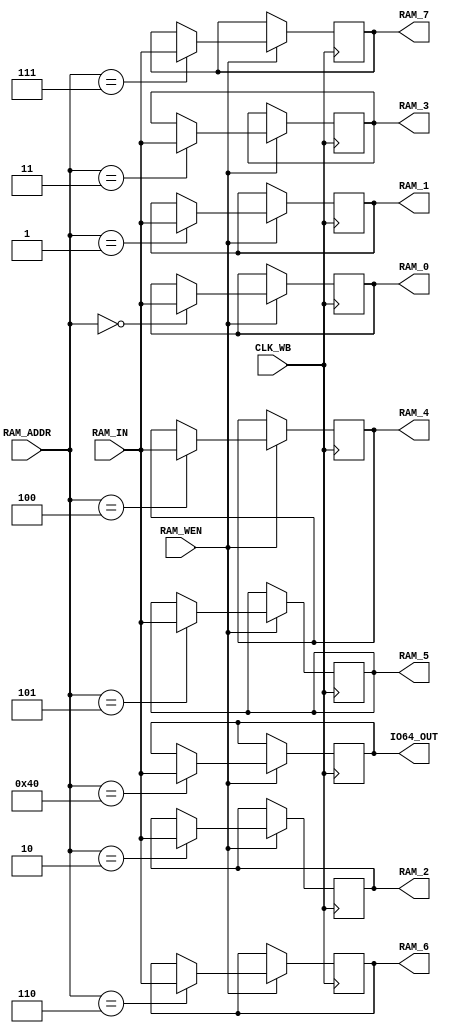
module ram_wb(
    input CLK_WB,
    input[7:0] RAM_ADDR,
    input[15:0] RAM_IN,
    input RAM_WEN,
    output reg[15:0] RAM_0,
    output reg[15:0] RAM_1,
    output reg[15:0] RAM_2,
    output reg[15:0] RAM_3,
    output reg[15:0] RAM_4,
    output reg[15:0] RAM_5,
    output reg[15:0] RAM_6,
    output reg[15:0] RAM_7,
    output reg[15:0] IO64_OUT
);

    always @(posedge CLK_WB) begin
        if (RAM_WEN == 1'b1) begin
            case (RAM_ADDR)
                8'b00000000: RAM_0 <= RAM_IN;
                8'b00000001: RAM_1 <= RAM_IN;
                8'b00000010: RAM_2 <= RAM_IN;
                8'b00000011: RAM_3 <= RAM_IN;
                8'b00000100: RAM_4 <= RAM_IN;
                8'b00000101: RAM_5 <= RAM_IN;
                8'b00000110: RAM_6 <= RAM_IN;
                8'b00000111: RAM_7 <= RAM_IN;
                8'b01000000: IO64_OUT <= RAM_IN;
                default: ; // nothing to do
            endcase
        end
    end
endmodule